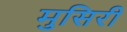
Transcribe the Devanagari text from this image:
मुसिरी